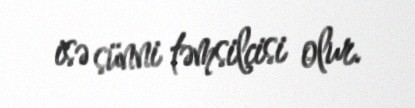
isə sünni təmsilçisi olur.